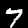
Label: 7